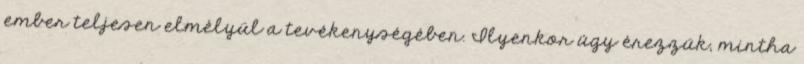
ember teljesen elmélyül a tevékenységében. Ilyenkor úgy érezzük, mintha